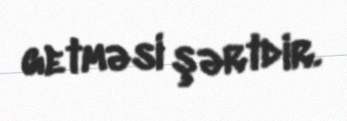
getməsi şərtdir.